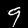
Label: 9